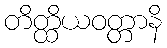
တိတ္ထိယဝတ္တာနိ